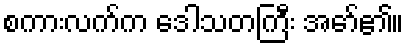
စကားလက်က ဒေါသတကြီး အော်၏။